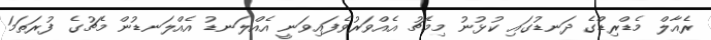
ރެއާލް މެޑްރިޑްގެ ދަނޑުގައި ކުޅުނު މިމެޗު އެއްވަރުވެފައިވަނީ އެއްލަނޑު އެއްލަނޑުން މެޗުގެ ފުރަތަމަ